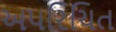
અપરિચિત